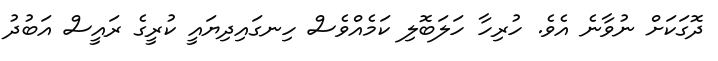
ދޮގަކަށް ނުވާނެ އެވެ. ހުރިހާ ހަލަބޮލި ކަމެއްވެސް ހިނގައިދިޔައީ ކުރީގެ ރައީސް އަބުދު